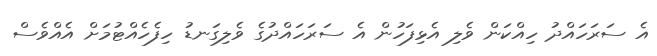
އެ ސަރަހައްދު ހިއްކަން ވެލި އެޅިފަހުން އެ ސަރަހައްދުގެ ވެލިގަނޑު ހިފެހެއްޓުމަށް އެއްވެސް